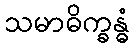
သမာဓိက္ခန္ဓံ